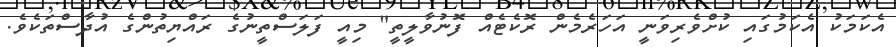
އެކަމަކު އެކަމުގައި ކުށްވެރިވަނީ އަހަރެމެން ރޮކެޓެއް ފޮނުވާލީތީ" މިއީ ފަލަސްތީނުގެ ރައްޔިތުންގެ އުދާސްތަކެވެ.